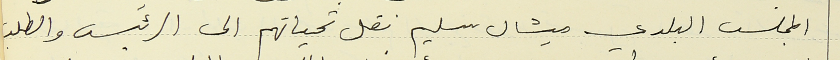
المجلس البلدي ميشال سليم نقل تحياتهم الى الرئيس والطلب